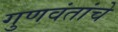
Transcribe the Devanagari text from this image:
गुणवंतांचे